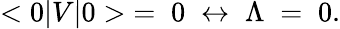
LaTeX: <0|V|0>\; =\; 0\; \leftrightarrow\; \Lambda\; =\; 0.